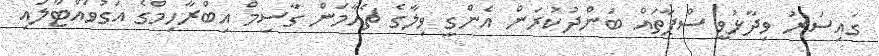
ގައިސަރު ވިދާޅުވީ ސްޕާތައް ބަންދުކުރަން އެންގީ ވިލާގެ ޗެއާމަން ގާސިމް އިބްރާހިމްގެ އަގުވައްޓާލައި